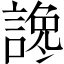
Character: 𲁰